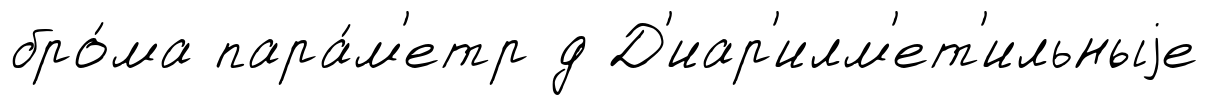
бро́ма пара́м'етр д Д'иар'илм'ет'ильныjе